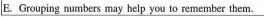
E. Grouping numbers may help you to remember them.